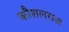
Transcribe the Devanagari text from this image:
कौशलराज